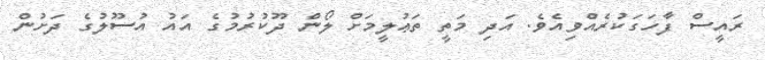
ރައީސް ފާހަގަކުރެއްވިއެވެ. އަދި މަތީ ތަޢުލީމަށް ލޯން ދޫކުރުމުގެ އައު އުސޫލުގެ ދަށުން